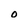
Character: O